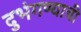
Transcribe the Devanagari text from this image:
दुभंगण्याची